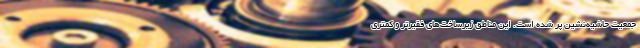
جمعیت حاشیه‌نشین پر شده است. این مناطق زیرساخت‌های فقیرتر و کمتری